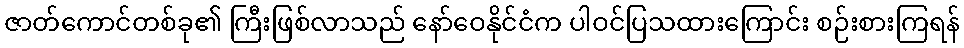
ဇာတ်ကောင်တစ်ခု၏ ကြီးဖြစ်လာသည် နော်ဝေနိုင်ငံက ပါဝင်ပြသထားကြောင်း စဉ်းစားကြရန်